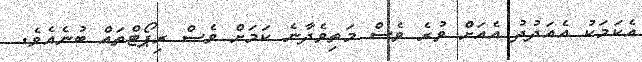
އެކަމަކު އެއަދުދު އެއަށް ވުރެ ވެސް މަތިވެދާނެ ކަމަށް ވެސް ރިޕޯޓްތައް ބުނެއެވެ.